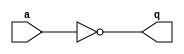
`timescale 1ns / 1ps
//////////////////////////////////////////////////////////////////////////////////
// Company: 
// Engineer: 
// 
// Design Name: 
// Module Name: notgate
// Project Name: 
// Target Devices: 
// Tool Versions: 
// Description: 
// 
// Dependencies: 
// 
// Revision:
// Revision 0.01 - File Created
// Additional Comments:
// 
//////////////////////////////////////////////////////////////////////////////////


module notgate
#(parameter Port_Num = 2, //  2 
 parameter WIDTH=8) //  8 
 ( 
input [(WIDTH-1):0] a,
output [(WIDTH-1):0] q
);
assign q = ~a;
endmodule